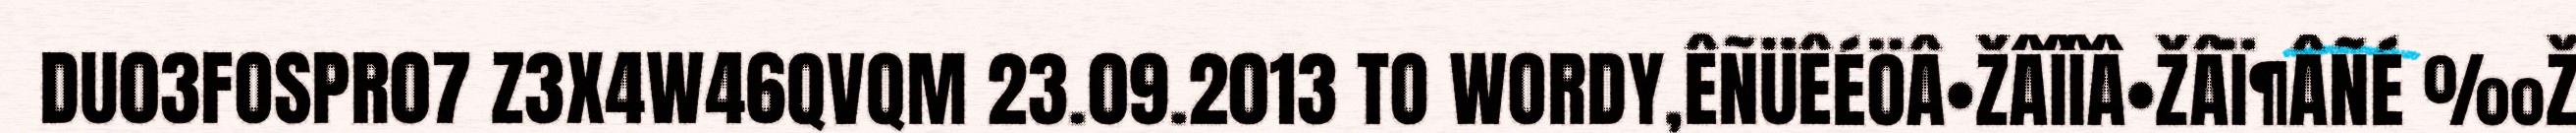
DU03FOSPR07 Z3X4W46QVQM 23.09.2013 TO WORDY,ÊÑÜÊÉÖÂ•ŽÂÎÎÂ•ŽÂÏ¶ÂÑÉ ‰Ž